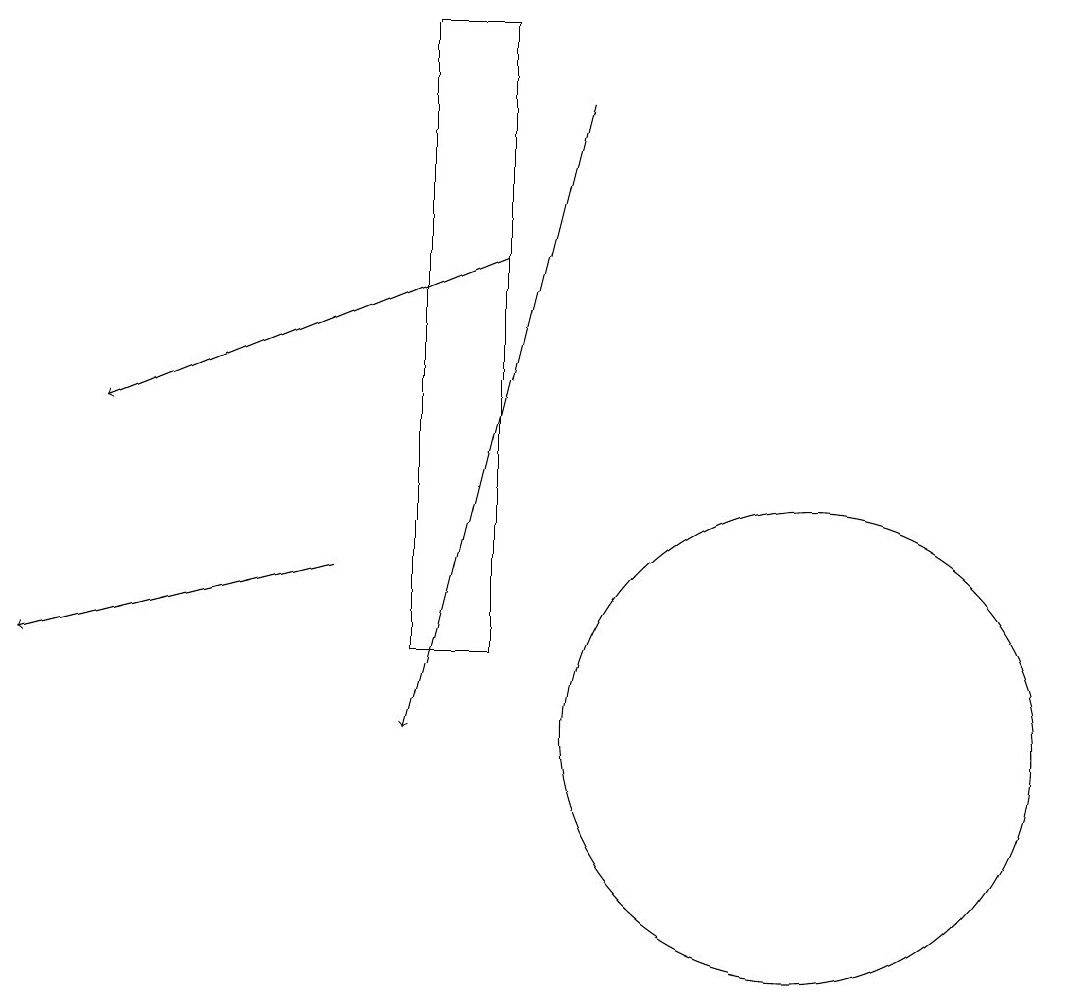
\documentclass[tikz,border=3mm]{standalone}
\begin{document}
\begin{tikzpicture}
\draw[->] (4,12) -- (0,11);
\draw (5,19) rectangle (6,11);
\draw[->] (7,18) -- (5,10);
\draw[->] (6,16) -- (1,14);
\draw (10,10) circle (3);
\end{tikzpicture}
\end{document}